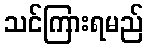
သင်ကြားရမည်